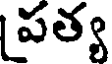
పత్య